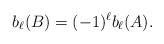
LaTeX: \begin{align*} b_\ell (B) = (-1)^{\ell} b_{\ell }(A). \end{align*}